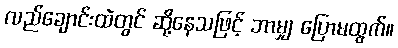
လည်ချောင်းထဲတွင် ဆို့နေသဖြင့် ဘာမျှ ပြောမထွက်။